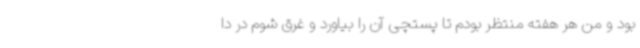
بود و من هر هفته منتظر بودم تا پستچی آن را بیاورد و غرق شوم در دا